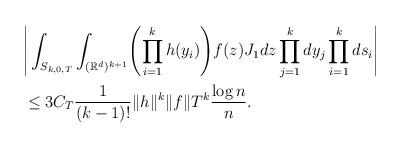
\begin{align*}&\Bigg|\int_{S_{k,0,T}}\int_{(\mathbb{R}^d)^{k+1}} \Biggl(\prod_{i=1}^kh(y_i) \Biggr)f(z)J_1 dz \prod_{j=1}^k dy_j \prod_{i=1}^k ds_{i} \Bigg|\\&\leq3 C_T \frac{1}{(k-1)!} \|h\|^k\|f\|T^{k} \frac{\log n}{n}.\end{align*}